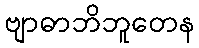
ဗျာဓာဘိဘူတေန